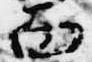
面